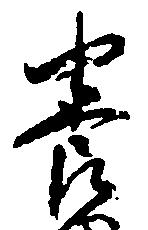
養